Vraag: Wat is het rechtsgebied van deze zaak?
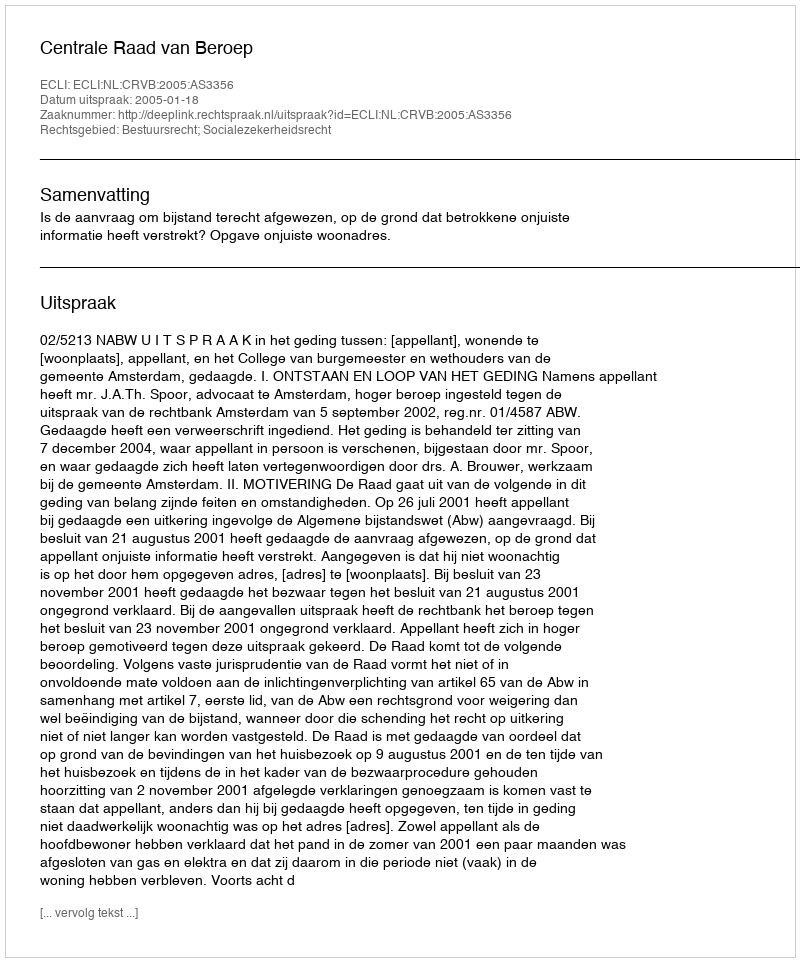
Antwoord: Bestuursrecht; Socialezekerheidsrecht